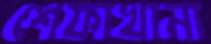
শেফাখানা